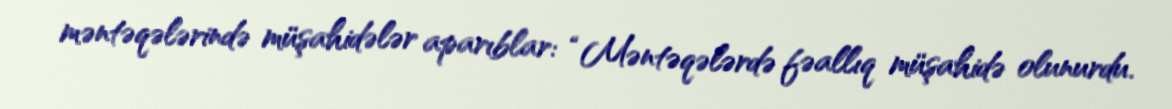
məntəqələrində müşahidələr aparıblar: “Məntəqələrdə fəallıq müşahidə olunurdu.